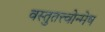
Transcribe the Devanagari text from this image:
वस्तुतत्त्वोन्मेष